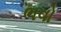
ભવો